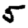
Digit: 5